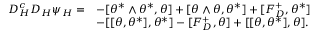
\begin{array} { r l } { D _ { H } ^ { c } D _ { H } \psi _ { H } = } & { - [ \theta ^ { * } \wedge \theta ^ { * } , \theta ] + [ \theta \wedge \theta , \theta ^ { * } ] + [ F _ { D } ^ { + } , \theta ^ { * } ] } \\ & { - [ [ \theta , \theta ^ { * } ] , \theta ^ { * } ] - [ F _ { D } ^ { + } , \theta ] + [ [ \theta , \theta ^ { * } ] , \theta ] . } \end{array}